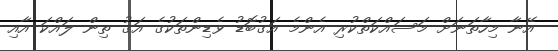
އޭނާ މިހާތަނަށް މަސައްކަތްކުރި އެންމެ އަގުބޮޑު ވެޑިންތަކުގެ އަގު ތިން ލައްކަ އާއި